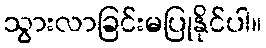
သွားလာခြင်းမပြုနိုင်ပါ။